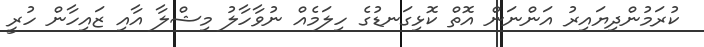
ކުރަމުންދިޔައިރު އަންނަން އޮތް ކޮޅިގަނޑުގެ ހިލަމެއް ނުވާހާލު މިޝްލާ އާއި ޒައިހާން ހުރީ